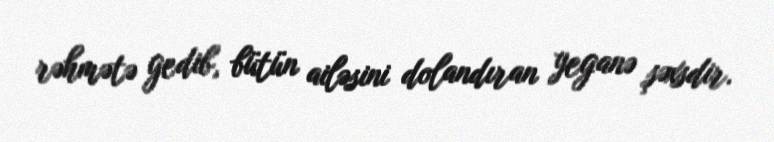
rəhmətə gedib, bütün ailəsini dolandıran yeganə şəxsdir.